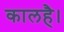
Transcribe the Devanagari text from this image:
कालहै।